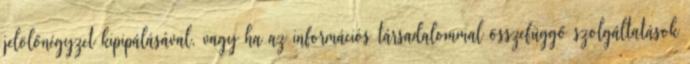
jelölőnégyzet kipipálásával, vagy ha az információs társadalommal összefüggő szolgáltatások